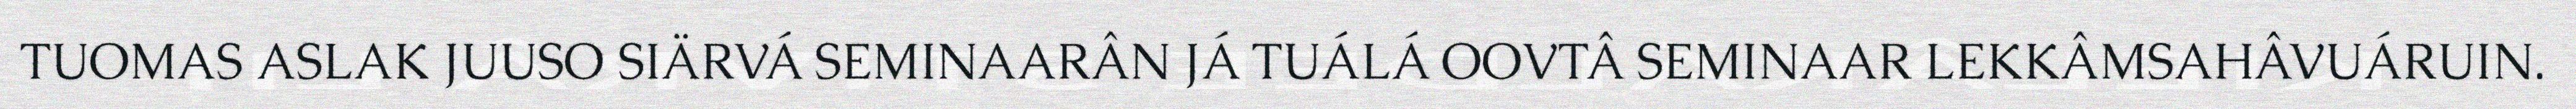
TUOMAS ASLAK JUUSO SIÄRVÁ SEMINAARÂN JÁ TUÁLÁ OOVTÂ SEMINAAR LEKKÂMSAHÂVUÁRUIN.